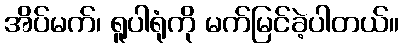
အိပ်မက်၊ ရူပါရုံကို မက်မြင်ခဲ့ပါတယ်။